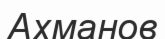
Ахманов